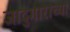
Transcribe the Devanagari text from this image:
जादुगाराच्या